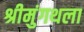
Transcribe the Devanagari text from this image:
श्रीमुंगथला